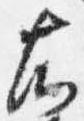
右